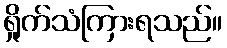
ရှိုက်သံကြားရသည်။